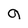
Character: g